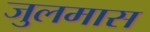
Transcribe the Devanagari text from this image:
जुलमास